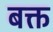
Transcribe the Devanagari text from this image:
बक्त